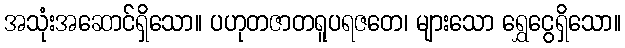
အသုံးအဆောင်ရှိသော။ ပဟုတဇာတရူပရဇတေ၊ များသော ရွှေငွေရှိသော။